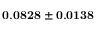
\mathbf { 0 . 0 8 2 8 \pm 0 . 0 1 3 8 }